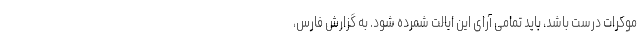
موکرات درست باشد، باید تمامی آرای این ایالت شمرده شود. به گزارش فارس،